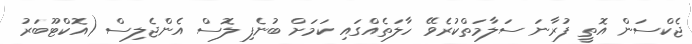
ޖެކްސަން އޮތީ ފުރާނަ ސަލާމަތްކުރެވޭ ހާލަތެއްގައި ކަމަށް ބުނެފި ލޮސް އެންޖެލިސް (އޮކްޓޫބަރު